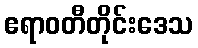
ဧရာဝတီတိုင်းဒေသ